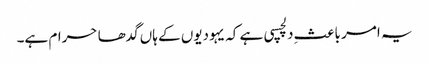
یہ امر باعثِ دلچسپی ہے کہ یہودیوں کے ہاں گدھا حرام ہے۔